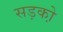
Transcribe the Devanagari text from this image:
सड़को़